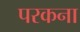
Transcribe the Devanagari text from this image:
परकना